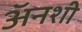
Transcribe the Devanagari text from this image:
अॅनशी